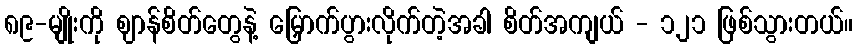
၈၉-မျိုးကို ဈာန်စိတ်တွေနဲ့ မြှောက်ပွားလိုက်တဲ့အခါ စိတ်အကျယ် - ၁၂၁ ဖြစ်သွားတယ်။